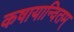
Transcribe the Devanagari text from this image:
कषायान्वितम्